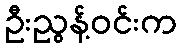
ဦးညွန့်ဝင်းက